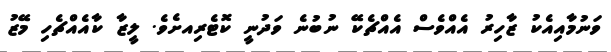
ވަނުމާއިއެކު ޒާހިރު އެއްވެސް އެއްޗެކޭ ނުބުނެ ވަދުނީ ކޮޓެރިއށެވެ. ލީޒާ ކާއެއްޗެހި މޭޒު